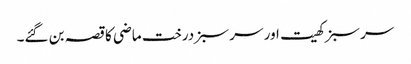
سر سبز کھیت اور سر سبز درخت ماضی کا قصہ بن گئے۔